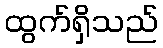
ထွက်ရှိသည်